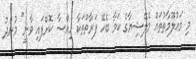
މި މަޢުލޫމާތުތައް މެލޭޝިޔާގެ ކަމާ ބެހޭ ފަރާތްތަކާ ހިއްސާ ކޮށްފައި ވާނީ" މުންދު